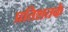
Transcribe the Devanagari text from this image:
प्रतिशतके